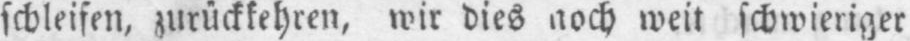
schleifen, zurückkehren, wir dies noch weit schwieriger